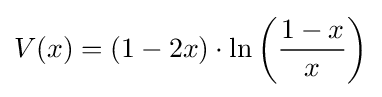
V(x)=(1-2x)\cdot \ln \left({\frac {1-x}{x}}\right)